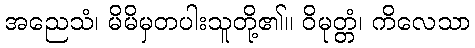
အညေသံ၊ မိမိမှတပါးသူတို့၏။ ဝိမုတ္တံ၊ ကိလေသာ